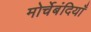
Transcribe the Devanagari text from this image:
मोर्चेबंदियाँ